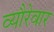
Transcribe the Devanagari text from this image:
व्यौरेवार